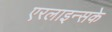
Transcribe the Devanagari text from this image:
एरलाइन्सके